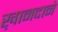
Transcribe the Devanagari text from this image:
ख़ानदाने